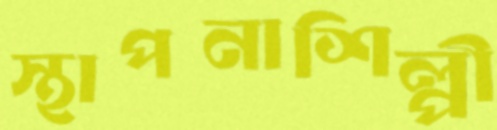
স্থাপনাশিল্পী